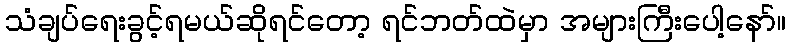
သံချပ်ရေးခွင့်ရမယ်ဆိုရင်တော့ ရင်ဘတ်ထဲမှာ အများကြီးပေါ့နော်။